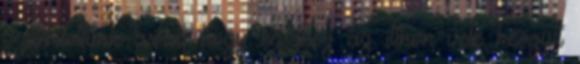
számítottunk arra, hogy ez lesz az itthon vele készült